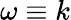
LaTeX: \omega\equiv k